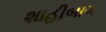
શાહીબાગ